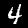
Label: 4